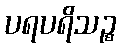
ပရပရိသဉ္စ